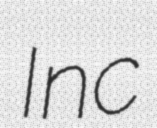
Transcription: Inc